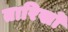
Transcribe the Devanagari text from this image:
तारिखों